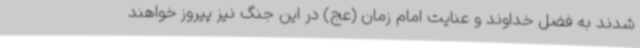
شدند به فضل خداوند و عنایت امام زمان (عج) در این جنگ نیز پیروز خواهند